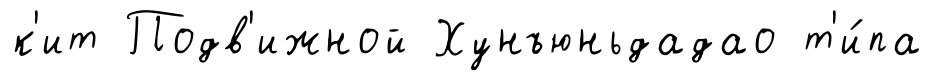
к'ит Подв'ижной Хунъюньдадао т'и́па